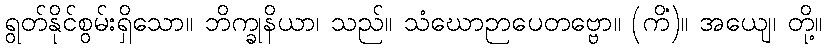
ရွတ်နိုင်စွမ်းရှိသော။ ဘိက္ခုနိယာ၊ သည်။ သံဃောဉာပေတဗ္ဗော။ (ကိံ)။ အယျေ၊ တို့။